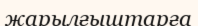
жарылғыштарға